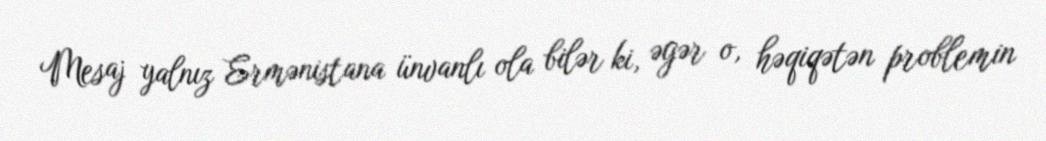
Mesaj yalnız Ermənistana ünvanlı ola bilər ki, əgər o, həqiqətən problemin